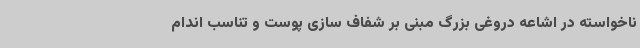
ناخواسته در اشاعه دروغی بزرگ مبنی بر شفاف سازی پوست و تناسب اندام